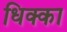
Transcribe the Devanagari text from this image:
धिक्का